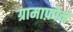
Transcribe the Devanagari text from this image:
ग्रामाफ़ोन